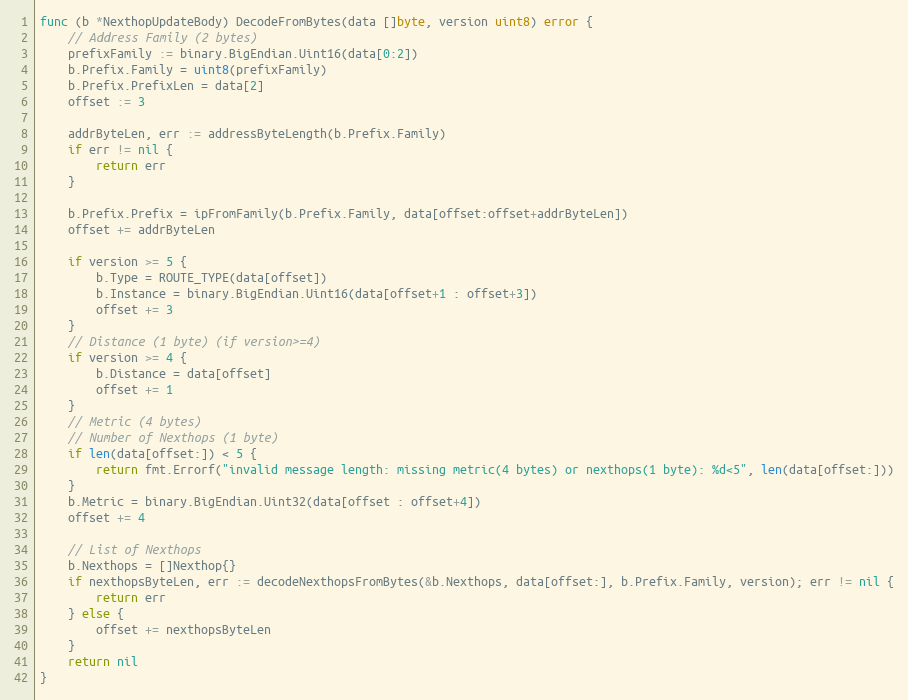
Language: Go
func (b *NexthopUpdateBody) DecodeFromBytes(data []byte, version uint8) error {
	// Address Family (2 bytes)
	prefixFamily := binary.BigEndian.Uint16(data[0:2])
	b.Prefix.Family = uint8(prefixFamily)
	b.Prefix.PrefixLen = data[2]
	offset := 3

	addrByteLen, err := addressByteLength(b.Prefix.Family)
	if err != nil {
		return err
	}

	b.Prefix.Prefix = ipFromFamily(b.Prefix.Family, data[offset:offset+addrByteLen])
	offset += addrByteLen

	if version >= 5 {
		b.Type = ROUTE_TYPE(data[offset])
		b.Instance = binary.BigEndian.Uint16(data[offset+1 : offset+3])
		offset += 3
	}
	// Distance (1 byte) (if version>=4)
	if version >= 4 {
		b.Distance = data[offset]
		offset += 1
	}
	// Metric (4 bytes)
	// Number of Nexthops (1 byte)
	if len(data[offset:]) < 5 {
		return fmt.Errorf("invalid message length: missing metric(4 bytes) or nexthops(1 byte): %d<5", len(data[offset:]))
	}
	b.Metric = binary.BigEndian.Uint32(data[offset : offset+4])
	offset += 4

	// List of Nexthops
	b.Nexthops = []Nexthop{}
	if nexthopsByteLen, err := decodeNexthopsFromBytes(&b.Nexthops, data[offset:], b.Prefix.Family, version); err != nil {
		return err
	} else {
		offset += nexthopsByteLen
	}
	return nil
}